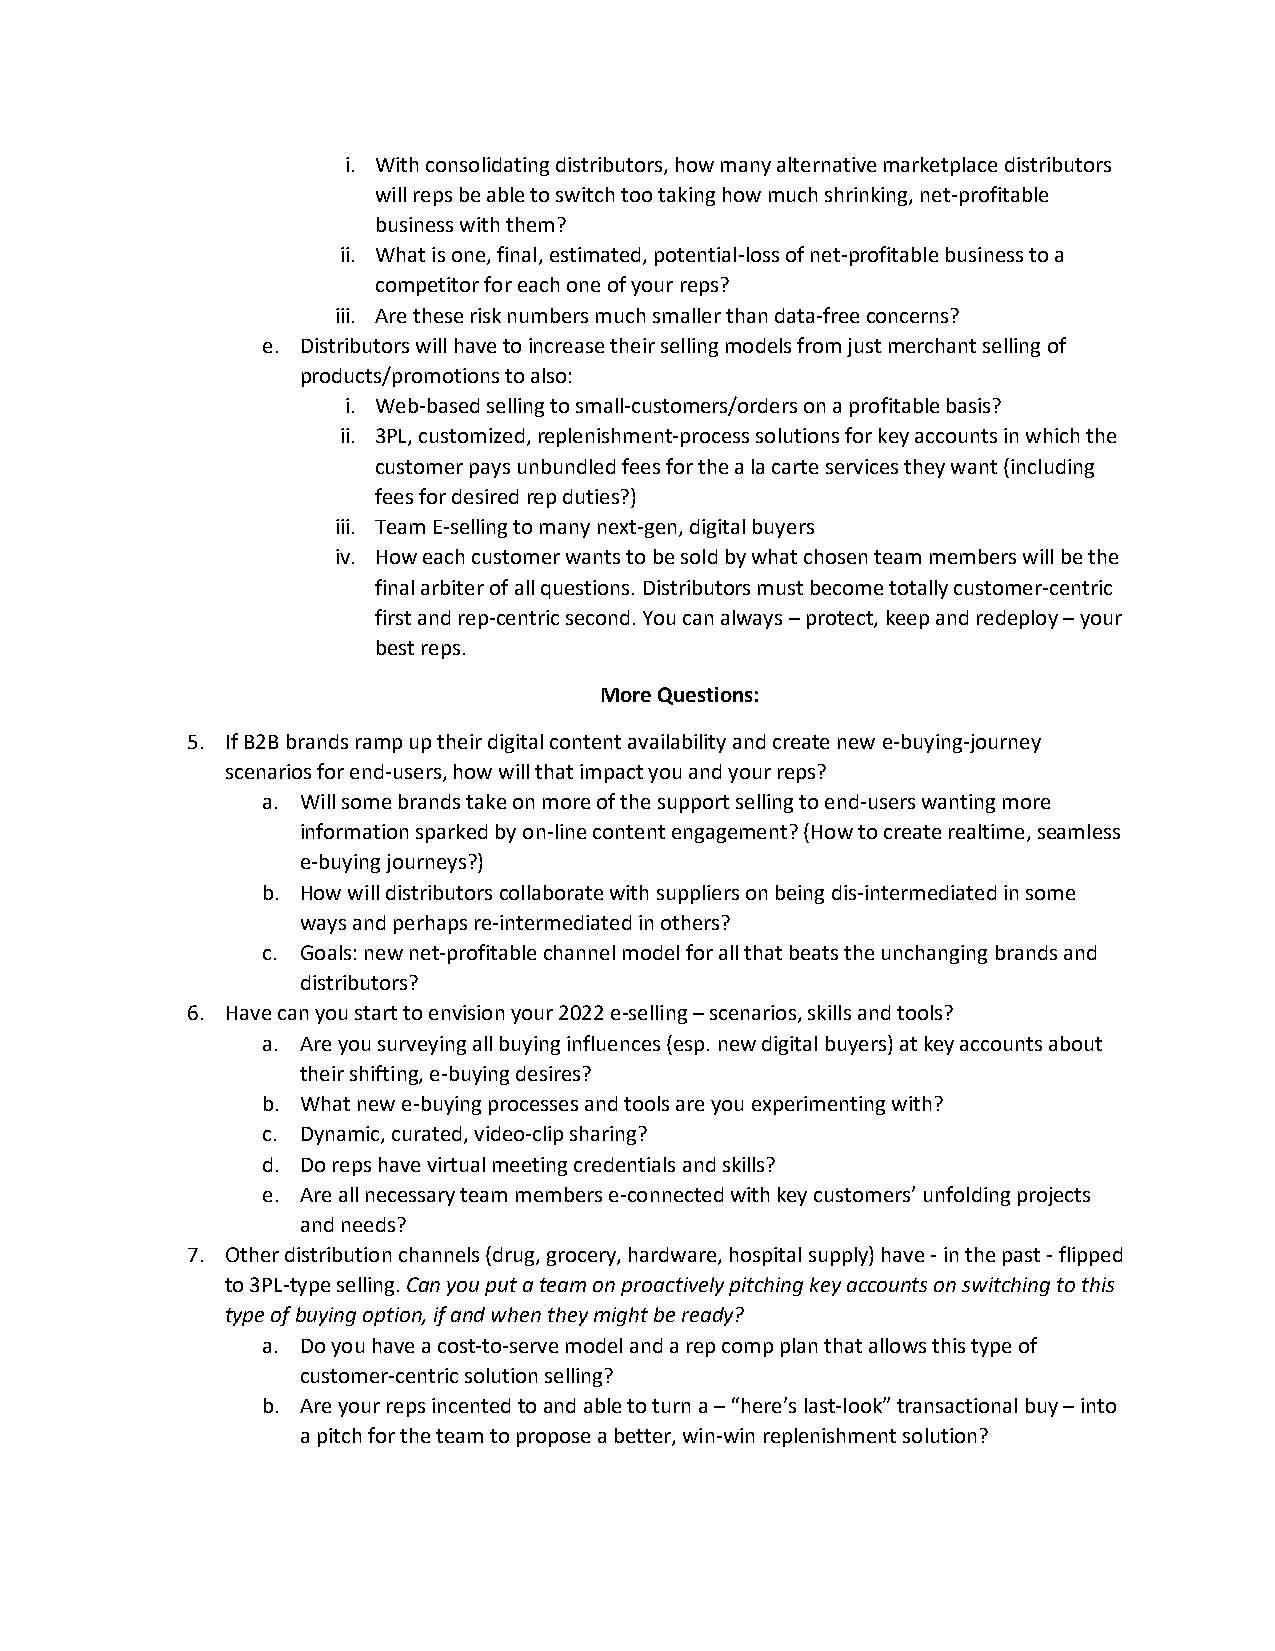
i. With consolidating distributors, how many alternative marketplace distributors
 will reps be able to switch too taking how much shrinking, net-profitable
 business with them?
 ii. What is one, final, estimated, potential-loss of net-profitable business to a
 competitor for each one of your reps?
 iii. Are these risk numbers much smaller than data-free concerns?
 e. Distributors will have to increase their selling models from just merchant selling of
 products/promotions to also:
 i. Web-based selling to small-customers/orders on a profitable basis?
 ii. 3PL, customized, replenishment-process solutions for key accounts in which the
 customer pays unbundled fees for the a la carte services they want (including
 fees for desired rep duties?)
 iii. Team E-selling to many next-gen, digital buyers
 iv. How each customer wants to be sold by what chosen team members will be the
 final arbiter of all questions. Distributors must become totally customer-centric
 first and rep-centric second. You can always – protect, keep and redeploy – your
 best reps.
 More Questions:
 5. If B2B brands ramp up their digital content availability and create new e-buying-journey
 scenarios for end-users, how will that impact you and your reps?
 a. Will some brands take on more of the support selling to end-users wanting more
 information sparked by on-line content engagement? (How to create realtime, seamless
 e-buying journeys?)
 b. How will distributors collaborate with suppliers on being dis-intermediated in some
 ways and perhaps re-intermediated in others?
 c. Goals: new net-profitable channel model for all that beats the unchanging brands and
 distributors?
 6. Have can you start to envision your 2022 e-selling – scenarios, skills and tools?
 a. Are you surveying all buying influences (esp. new digital buyers) at key accounts about
 their shifting, e-buying desires?
 b. What new e-buying processes and tools are you experimenting with?
 c. Dynamic, curated, video-clip sharing?
 d. Do reps have virtual meeting credentials and skills?
 e. Are all necessary team members e-connected with key customers’ unfolding projects
 and needs?
 7. Other distribution channels (drug, grocery, hardware, hospital supply) have - in the past - flipped
 to 3PL-type selling. Can you put a team on proactively pitching key accounts on switching to this
 type of buying option, if and when they might be ready?
 a. Do you have a cost-to-serve model and a rep comp plan that allows this type of
 customer-centric solution selling?
 b. Are your reps incented to and able to turn a – “here’s last-look” transactional buy – into
 a pitch for the team to propose a better, win-win replenishment solution?